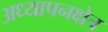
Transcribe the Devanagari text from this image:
अध्यापनक्षेत्र